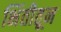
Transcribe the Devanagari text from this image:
भिंतीतून